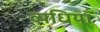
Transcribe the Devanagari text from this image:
व्यधियाँ